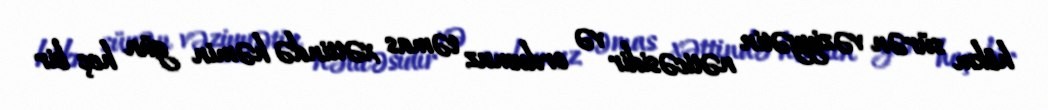
hökm sürən vəziyyətin nəticəsidir və ordumuz təmas xəttində həmin gün heç bir